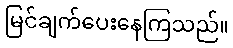
မြင်ချက်ပေးနေကြသည်။